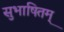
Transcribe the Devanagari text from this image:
सुभाषितम्